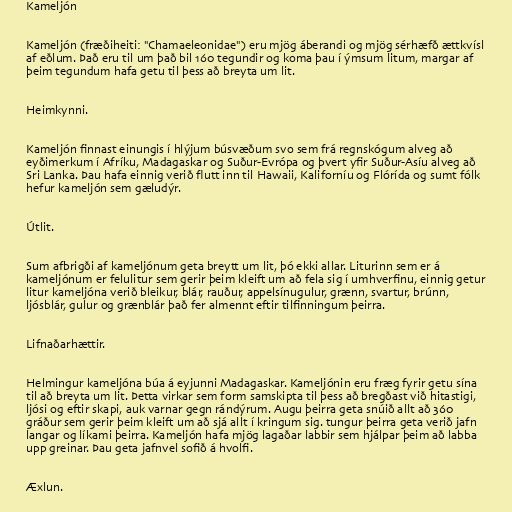
Kameljón

Kameljón (fræðiheiti: "Chamaeleonidae") eru mjög áberandi og mjög sérhæfð ættkvísl
af eðlum. Það eru til um það bil 160 tegundir og koma þau í ýmsum litum, margar af
þeim tegundum hafa getu til þess að breyta um lit.

Heimkynni.

Kameljón finnast einungis í hlýjum búsvæðum svo sem frá regnskógum alveg að
eyðimerkum í Afríku, Madagaskar og Suður-Evrópa og þvert yfir Suður-Asíu alveg að
Sri Lanka. Þau hafa einnig verið flutt inn til Hawaii, Kaliforníu og Flórída og sumt fólk
hefur kameljón sem gæludýr.

Útlit.

Sum afbrigði af kameljónum geta breytt um lit, þó ekki allar. Liturinn sem er á
kameljónum er felulitur sem gerir þeim kleift um að fela sig í umhverfinu, einnig getur
litur kameljóna verið bleikur, blár, rauður, appelsínugulur, grænn, svartur, brúnn,
ljósblár, gulur og grænblár það fer almennt eftir tilfinningum þeirra.

Lifnaðarhættir.

Helmingur kameljóna búa á eyjunni Madagaskar. Kameljónin eru fræg fyrir getu sína
til að breyta um lit. Þetta virkar sem form samskipta til þess að bregðast við hitastigi,
ljósi og eftir skapi, auk varnar gegn rándýrum. Augu þeirra geta snúið allt að 360
gráður sem gerir þeim kleift um að sjá allt í kringum sig. tungur þeirra geta verið jafn
langar og líkami þeirra. Kameljón hafa mjög lagaðar labbir sem hjálpar þeim að labba
upp greinar. Þau geta jafnvel sofið á hvolfi.

Æxlun.